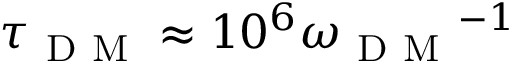
\tau _ { \mathrm { ~ D ~ M ~ } } \approx 1 0 ^ { 6 } { \omega _ { \mathrm { ~ D ~ M ~ } } } ^ { - 1 }